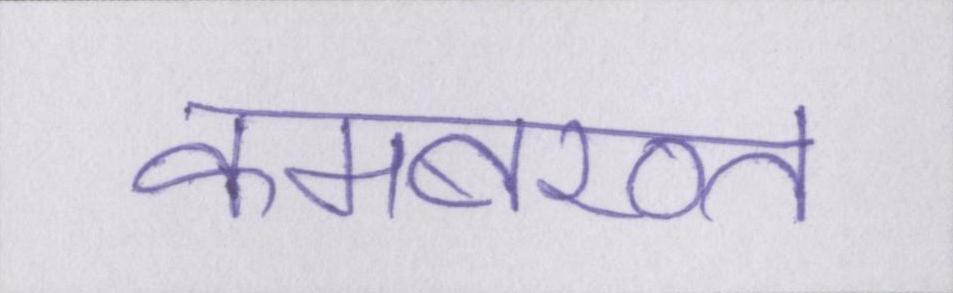
कमबख्त